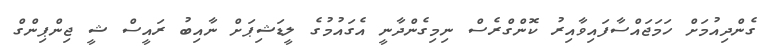
ގެންދިއުމަށް ހަމަޖައްސާފައިވާއިރު ކޮންގްރެސް ނިމިގެންދާނީ އެގައުމުގެ ލީޑަޝިޕަށް ނާއިބު ރައީސް ޝީ ޖިންޕިންގް